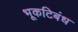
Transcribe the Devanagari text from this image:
भूकटिबंध